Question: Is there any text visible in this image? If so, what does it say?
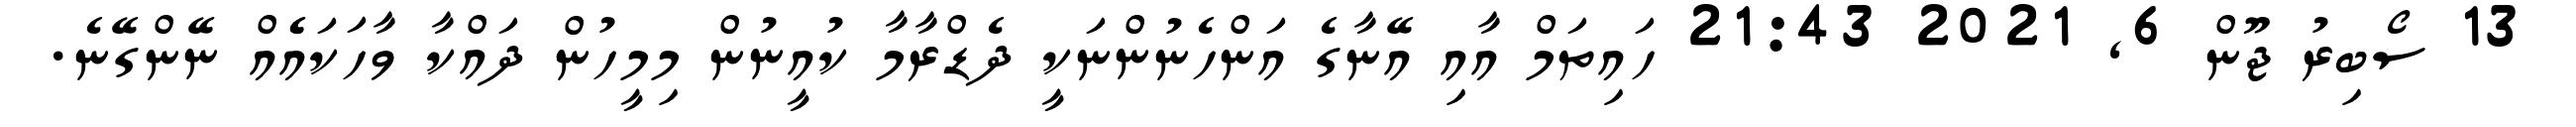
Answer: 13 ސޯބިރު ޖޫން 6, 2021 21:43 ހައިތަމް އާއި އޭނާގެ އަންހެނުންނަކީ ދެޑްރާމާ ކުއީނުން މިމީހުން ދައްކާ ވާހަކައެެއް ނޭންގޭނެ.